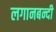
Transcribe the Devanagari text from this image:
लगानबन्दी